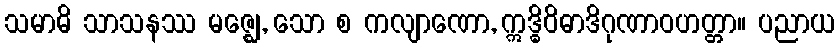
သမာဓိ သာသနဿ မဇ္ဈေ, သော စ ကလျာဏော, ဣဒ္ဓိဝိဓာဒိဂုဏာဝဟတ္တာ။ ပညာယ